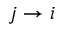
j \to i